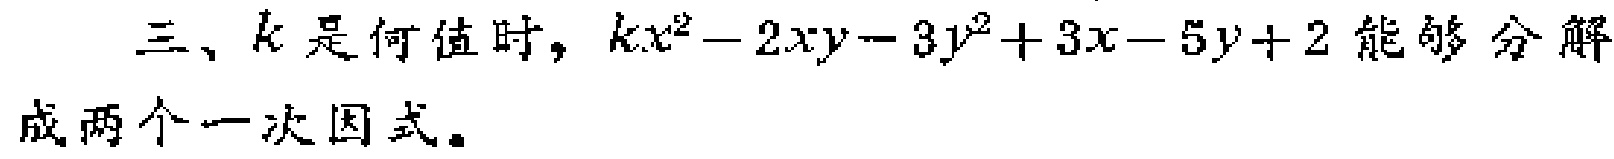
三、\(k\)是何值时，\(kx^{2}-2xy - 3y^{2}+3x - 5y + 2\)能够分解成两个一次因式。